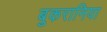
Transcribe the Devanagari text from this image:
बुकरानिया